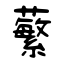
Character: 蘩